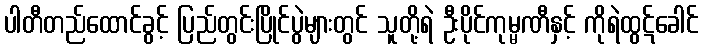
ပါတီတည်ထောင်ခွင့် ပြည်တွင်းပြိုင်ပွဲများတွင် သူတို့ရဲ ဦးပိုင်ကုမ္မဏီနှင့် ကိုရဲထွဋ်ခေါင်